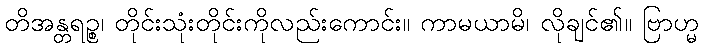
တိအန္တရဉ္စ၊ တိုင်းသုံးတိုင်းကိုလည်းကောင်း။ ကာမယာမိ၊ လိုချင်၏။ ဗြာဟ္မ